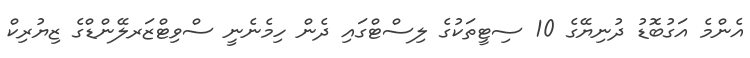
އެންމެ އަގުބޮޑު ދުނިޔޭގެ 10 ސިޓީތަކުގެ ލިސްޓްގައި ދެން ހިމެނެނީ ސްވިޓްޒަރލޭންޑްގެ ޒިޔުރިކް